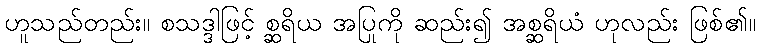
ဟူသည်တည်း။ စသဒ္ဒါဖြင့် စ္ဆရိယ အပြုကို ဆည်း၍ အစ္ဆရိယံ ဟုလည်း ဖြစ်၏။